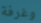
وغرفة